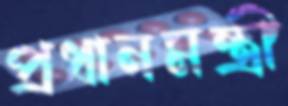
প্রধানমন্ত্রী